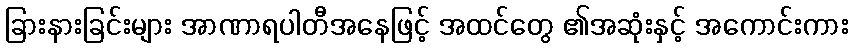
ခြားနားခြင်းများ အာဏာရပါတီအနေဖြင့် အထင်တွေ ၏အဆုံးနှင့် အကောင်းကား